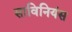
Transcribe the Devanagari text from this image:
साविनियंस